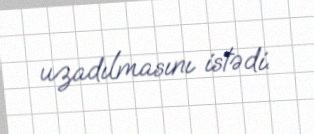
uzadılmasını istədi.